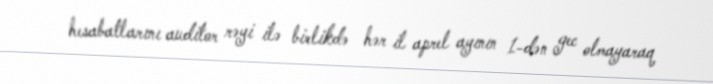
hesabatlarını auditor rəyi ilə birlikdə hər il aprel ayının 1-dən gec olmayaraq